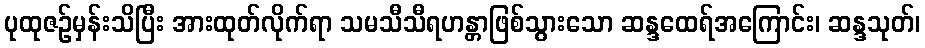
ပုထုဇဉ်မှန်းသိပြီး အားထုတ်လိုက်ရာ သမသီသီရဟန္တာဖြစ်သွားသော ဆန္ဒထေရ်အကြောင်း၊ ဆန္ဒသုတ်၊